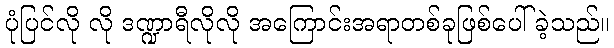
ပုံပြင်လို လို ဒဏ္ဍာရီလိုလို အကြောင်းအရာတစ်ခုဖြစ်ပေါ်ခဲ့သည်။